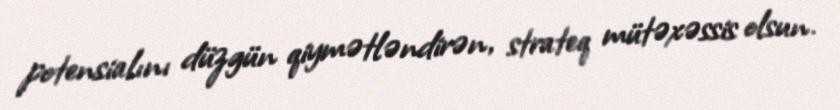
potensialını düzgün qiymətləndirən, strateq mütəxəssis olsun.